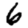
Digit: 6